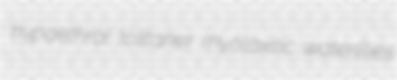
hypaethral tolltaker rhyotaxitic waterlilies